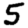
Digit: 5